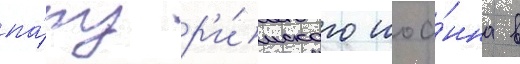
па́пу р'и́мского иоа́нна в